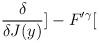
LaTeX: \begin{align*}\frac{\delta }{\delta J(y)}]-F'^{\gamma }[\end{align*}